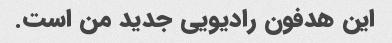
این هدفون رادیویی جدید من است.